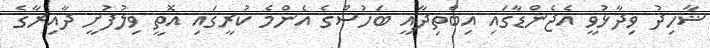
ޝާހިދު ވިދާޅުވީ އެޖެންޑާގައި އިބްތިދާއީ ބަހުސްގެ އެންމެ ކުރީގައި އޮތީ ވިލުފުށީ ދާއިރާގެ